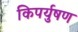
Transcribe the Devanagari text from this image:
किपर्युषण